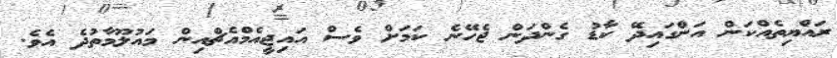
ރައްޔިތެއްކަން އަންގައިދޭ ކާޑު ގެންދަން ޖެހޭނެ ކަމަށް ވެސް އައިޖީއެމްއެޗްއިން މައުލޫމާތުދެ އެވެ.